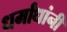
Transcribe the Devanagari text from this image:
धर्मांधांनी